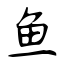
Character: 鱼